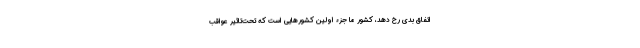
اتفاق بدی رخ دهد، کشور ما جزء اولین کشورهایی است که تحت‌تاثیر عواقب